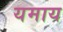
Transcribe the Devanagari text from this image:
यमाय